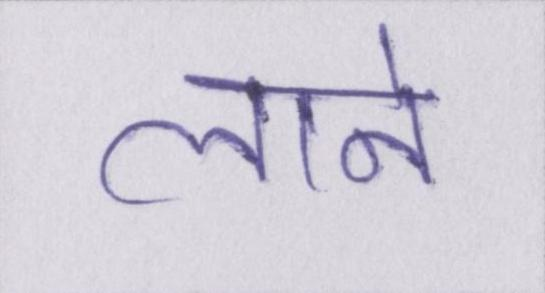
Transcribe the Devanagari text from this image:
लाने